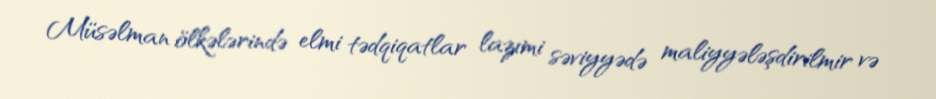
Müsəlman ölkələrində elmi tədqiqatlar lazımi səviyyədə maliyyələşdirilmir və